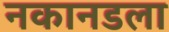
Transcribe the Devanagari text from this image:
नकानडला